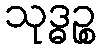
သုဒ္ဓဉ္စ